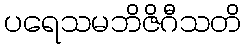
ပရေသမဘိဇိဂီသတိ